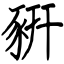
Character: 豣